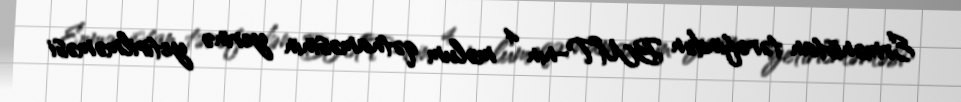
Ermənistan tərəfindən BMT-nin 4 məlum qətnaməsinin yerinə yetirilməməsi